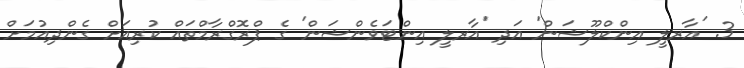
3. 'އާރލީ އިންކްލޫޝަން' އަދި 'އާރލީ އިންޓަވެންޝަން' ގެ ޕްރޮގްރާމްތައް ކުރިއަށް ގެންދިއުމަށް